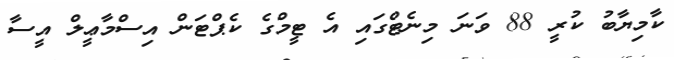
ކާމިޔާބު ކުރީ 88 ވަނަ މިނެޓްގައި އެ ޓީމްގެ ކެޕްޓަން އިސްމާޢީލް އީސާ